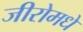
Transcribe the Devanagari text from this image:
जीरोमधे